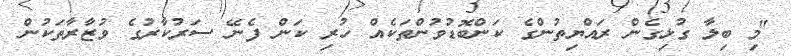
"މި ބިލާ ގުޅިގެން ރައްޔިތުންގެ ކަންބޮޑުވުންތަކެއް ހުރި ކަން ފެނޭ ސަރުކާރުގެ ވުޒާރާތަކުން